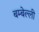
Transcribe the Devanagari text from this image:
बम्बेल्ली